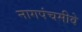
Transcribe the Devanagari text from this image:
नागपंचमीवे